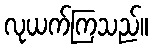
လုယက်ကြသည်။